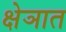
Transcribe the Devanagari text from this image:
क्षेञात